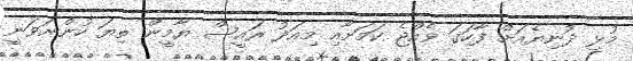
މުޅި ދުނިޔެއަށް ފާހަގަ ވެއްޖެ ކަމަށާއި މިއަދު ރައީސް ޔާމީން ތިޔަ ހުންނަވަނީ